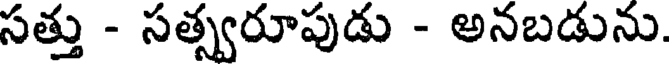
సత్తు - సత్స్వరూపుడు - అనబడును.